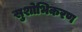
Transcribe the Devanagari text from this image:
सुशोभिकरण